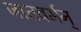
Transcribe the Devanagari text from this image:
जातवर्मन्‌